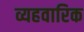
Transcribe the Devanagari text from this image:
व्यहवारिक